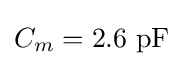
C_{m}=2.6\ \mathrm {pF}